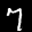
Label: 7